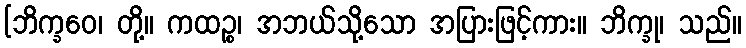
[ဘိက္ခဝေ၊ တို့။ ကထဉ္စ၊ အဘယ်သို့သော အပြားဖြင့်ကား။ ဘိက္ခု၊ သည်။